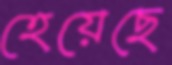
হেয়েছে